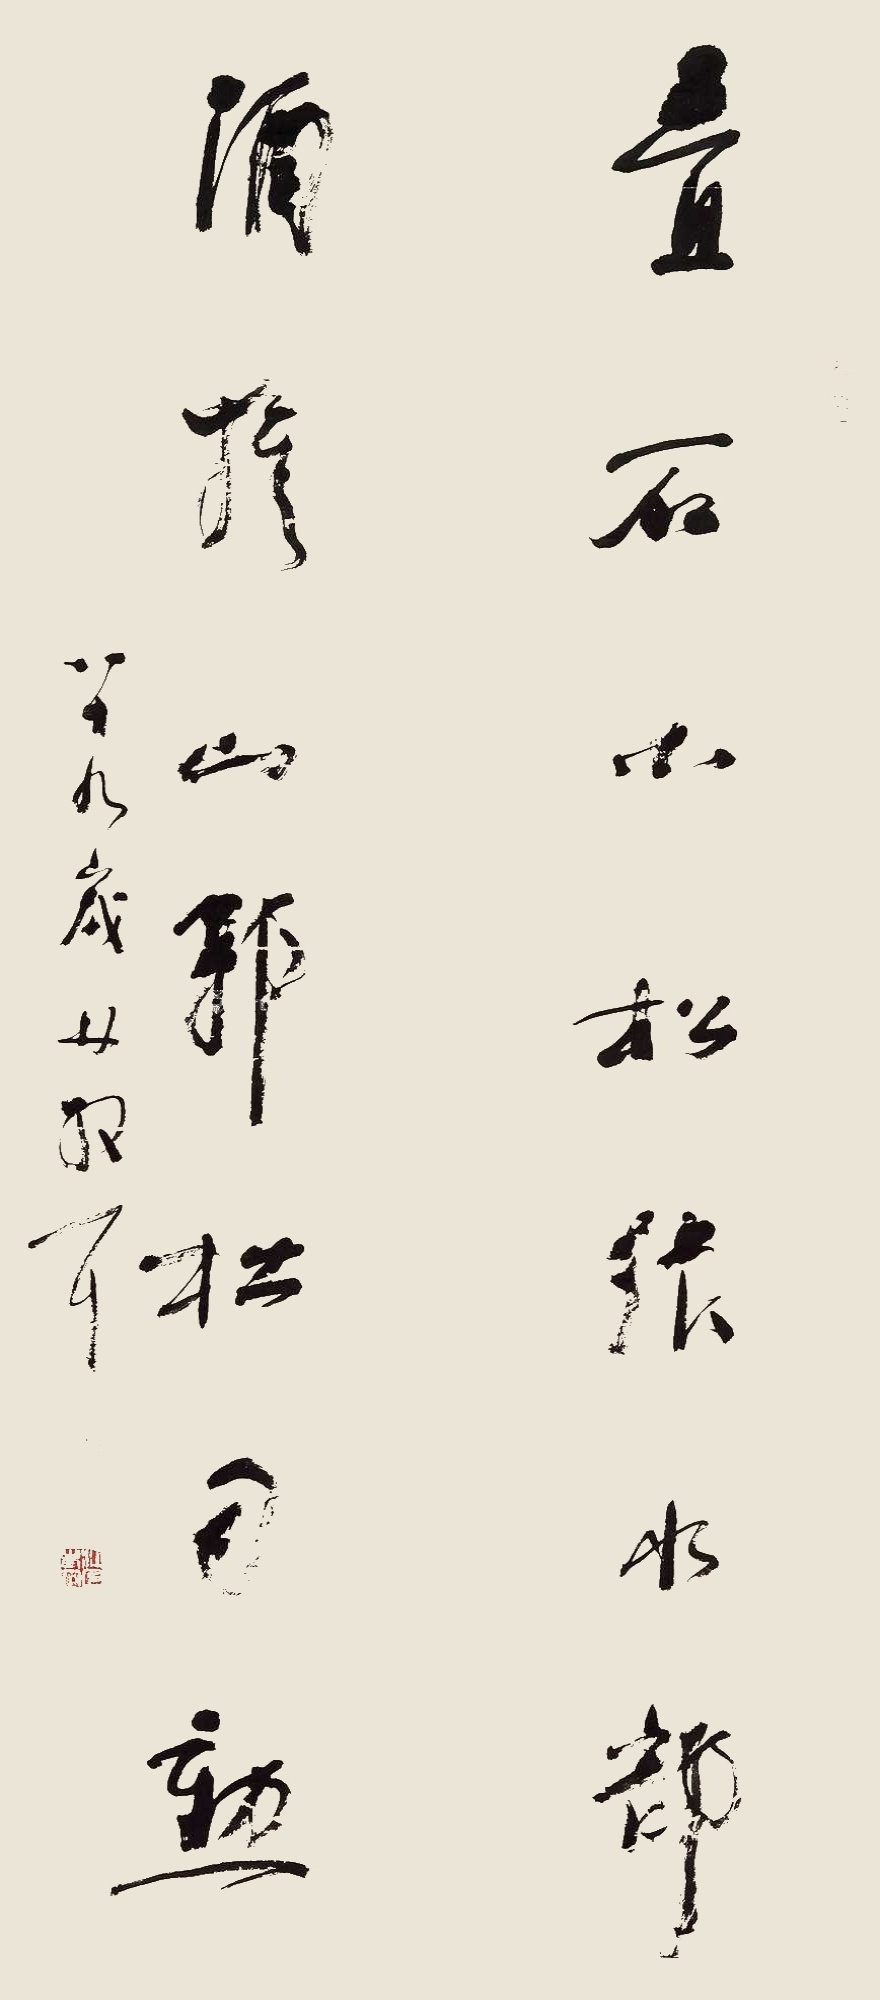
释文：叠石小松张水部，酒旗山郭杜司勋。八十九岁林散耳。